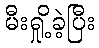
မီးရှို့ခဲ့ပြီး